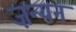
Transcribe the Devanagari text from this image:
ज़न्यन